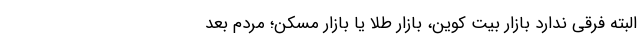
البته فرقی ندارد بازار بیت کوین، بازار طلا یا بازار مسکن؛ مردم بعد